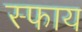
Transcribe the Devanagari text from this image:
स्फाय